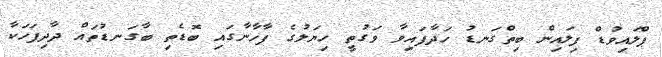
ޕްލައިވުޑް ފިލައިން ބިތްގަނޑު ހަދާފައިވާ ވަގުތީ ހިޔަލުގެ ފާހާނާގައި ބޮޑެތި ބާގަނޑުތައް ދާދިފަހަކާ